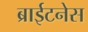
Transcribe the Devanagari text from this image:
ब्राईटनेस